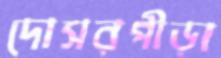
দোসরপীড়া